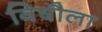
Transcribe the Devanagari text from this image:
विषौला